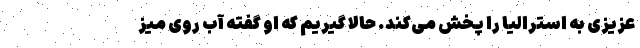
عزیزی به استرالیا را پخش می‌کند. حالا گیریم که او گفته آب روی میز